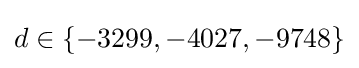
d\in \{-3299,-4027,-9748\}